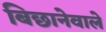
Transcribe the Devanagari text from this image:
बिछानेवाले